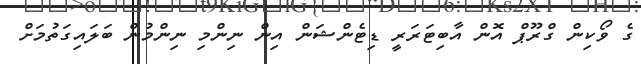
ގެ ވޯކިން ގްރޫޕް އޮން އާބިޓަރަރީ ޑިޓެންޝަން އިން ނިންމި ނިންމުން ބަލައިގަތުމަށް